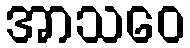
အာသဝေ